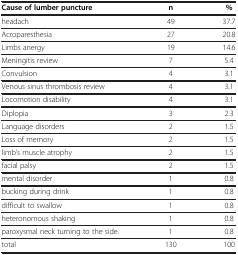
| Cause of lumber puncture | n | % |
 | --- | --- | --- |
 | headach | 49 | 37.7 |
 | Acroparesthesia | 27 | 20.8 |
 | Limbs anergy | 19 | 14.6 |
 | Meningitis review | 7 | 5.4 |
 | Convulsion | 4 | 3.1 |
 | Venous sinus thrombosis review | 4 | 3.1 |
 | Locomotion disability | 4 | 3.1 |
 | Diplopia | 3 | 2.3 |
 | Language disorders | 2 | 1.5 |
 | Loss of memory | 2 | 1.5 |
 | limb’s muscle atrophy | 2 | 1.5 |
 | facial palsy | 2 | 1.5 |
 | mental disorder | 1 | 0.8 |
 | bucking during drink | 1 | 0.8 |
 | difficult to swallow | 1 | 0.8 |
 | heteronomous shaking | 1 | 0.8 |
 | paroxysmal neck turning to the side. | 1 | 0.8 |
 | total | 130 | 100 |